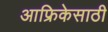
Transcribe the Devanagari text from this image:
आफ्रिकेसाठी